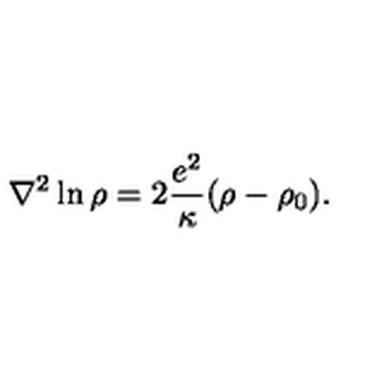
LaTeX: \nabla ^ { 2 } \ln \rho = 2 \frac { e ^ { 2 } } { \kappa } ( \rho - \rho _ { 0 } ) .